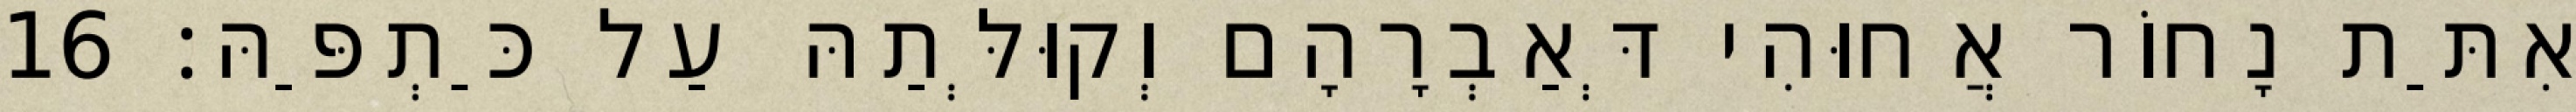
אִתַּת נָחוֹר אֲחוּהִי דְּאַבְרָהָם וְקוּלְּתַהּ עַל כַּתְפַּהּ׃ 16